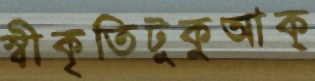
স্বীকৃতিটুকুআক্